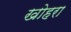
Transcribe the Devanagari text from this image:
खोहरा